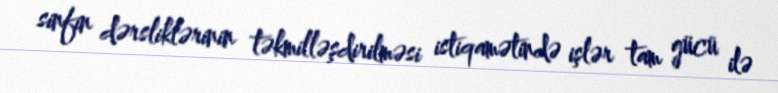
sinfin dərsliklərinin təkmilləşdirilməsi istiqamətində işlər tam gücü ilə